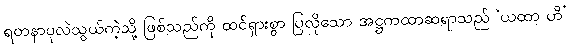
ရတနာပုလဲသွယ်ကဲ့သို့ ဖြစ်သည်ကို ထင်ရှားစွာ ပြလိုသော အဋ္ဌကထာဆရာသည် ‘ယထာ ဟိ’